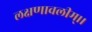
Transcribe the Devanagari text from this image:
लक्षणावलीम्।।